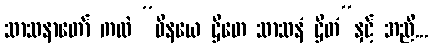
သာသနာတော် ကလဲ “ဝိနယေ ဌိတေ သာသနံ ဌိတံ”နှင့် အညီ...